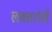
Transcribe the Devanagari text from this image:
लक्‍तरांची